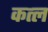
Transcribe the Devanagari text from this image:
कत्‍ल